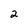
Character: 2